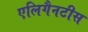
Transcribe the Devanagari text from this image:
एलिगैनटीस